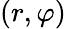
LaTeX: (r,\varphi)